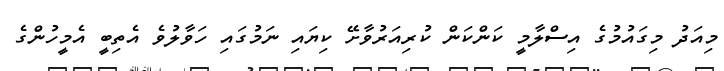
މިއަދު މިގައުމުގެ އިސްލާމީ ކަންކަން ކުރިއަރުވާށޭ ކިޔައި ނަމުގައި ހަވާލުވެ އެތިބީ އެމީހުންގެ